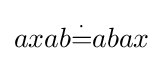
axab{\overset {\cdot }{=}}abax